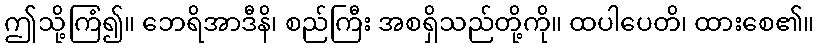
ဤသို့ကြံ၍။ ဘေရိအာဒီနိ၊ စည်ကြီး အစရှိသည်တို့ကို။ ထပါပေတိ၊ ထားစေ၏။